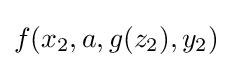
f(x_{2},a,g(z_{2}),y_{2})